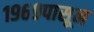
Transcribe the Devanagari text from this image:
१९६९पासून